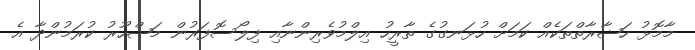
މާމޮޅު ހަޟާރާތްތަކެއް ކަމަށް ހުޅަނގުގެ ތާރީހު އިލްމުވެރިންނާއި ފިލޯސޮފަރުން މަޝްހޫރު ކުރަމުންދާ އެ